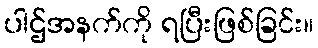
ပါဌ်အနက်ကို ရပြီးဖြစ်ခြင်း။